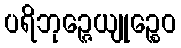
ပရိဘုဉ္ဇေယျုဉ္စေဝ